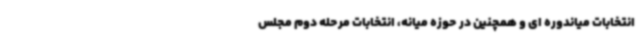
انتخابات میاندوره ای و همچنین در حوزه میانه، انتخابات مرحله دوم مجلس